Aleksander_Warma, lk 33
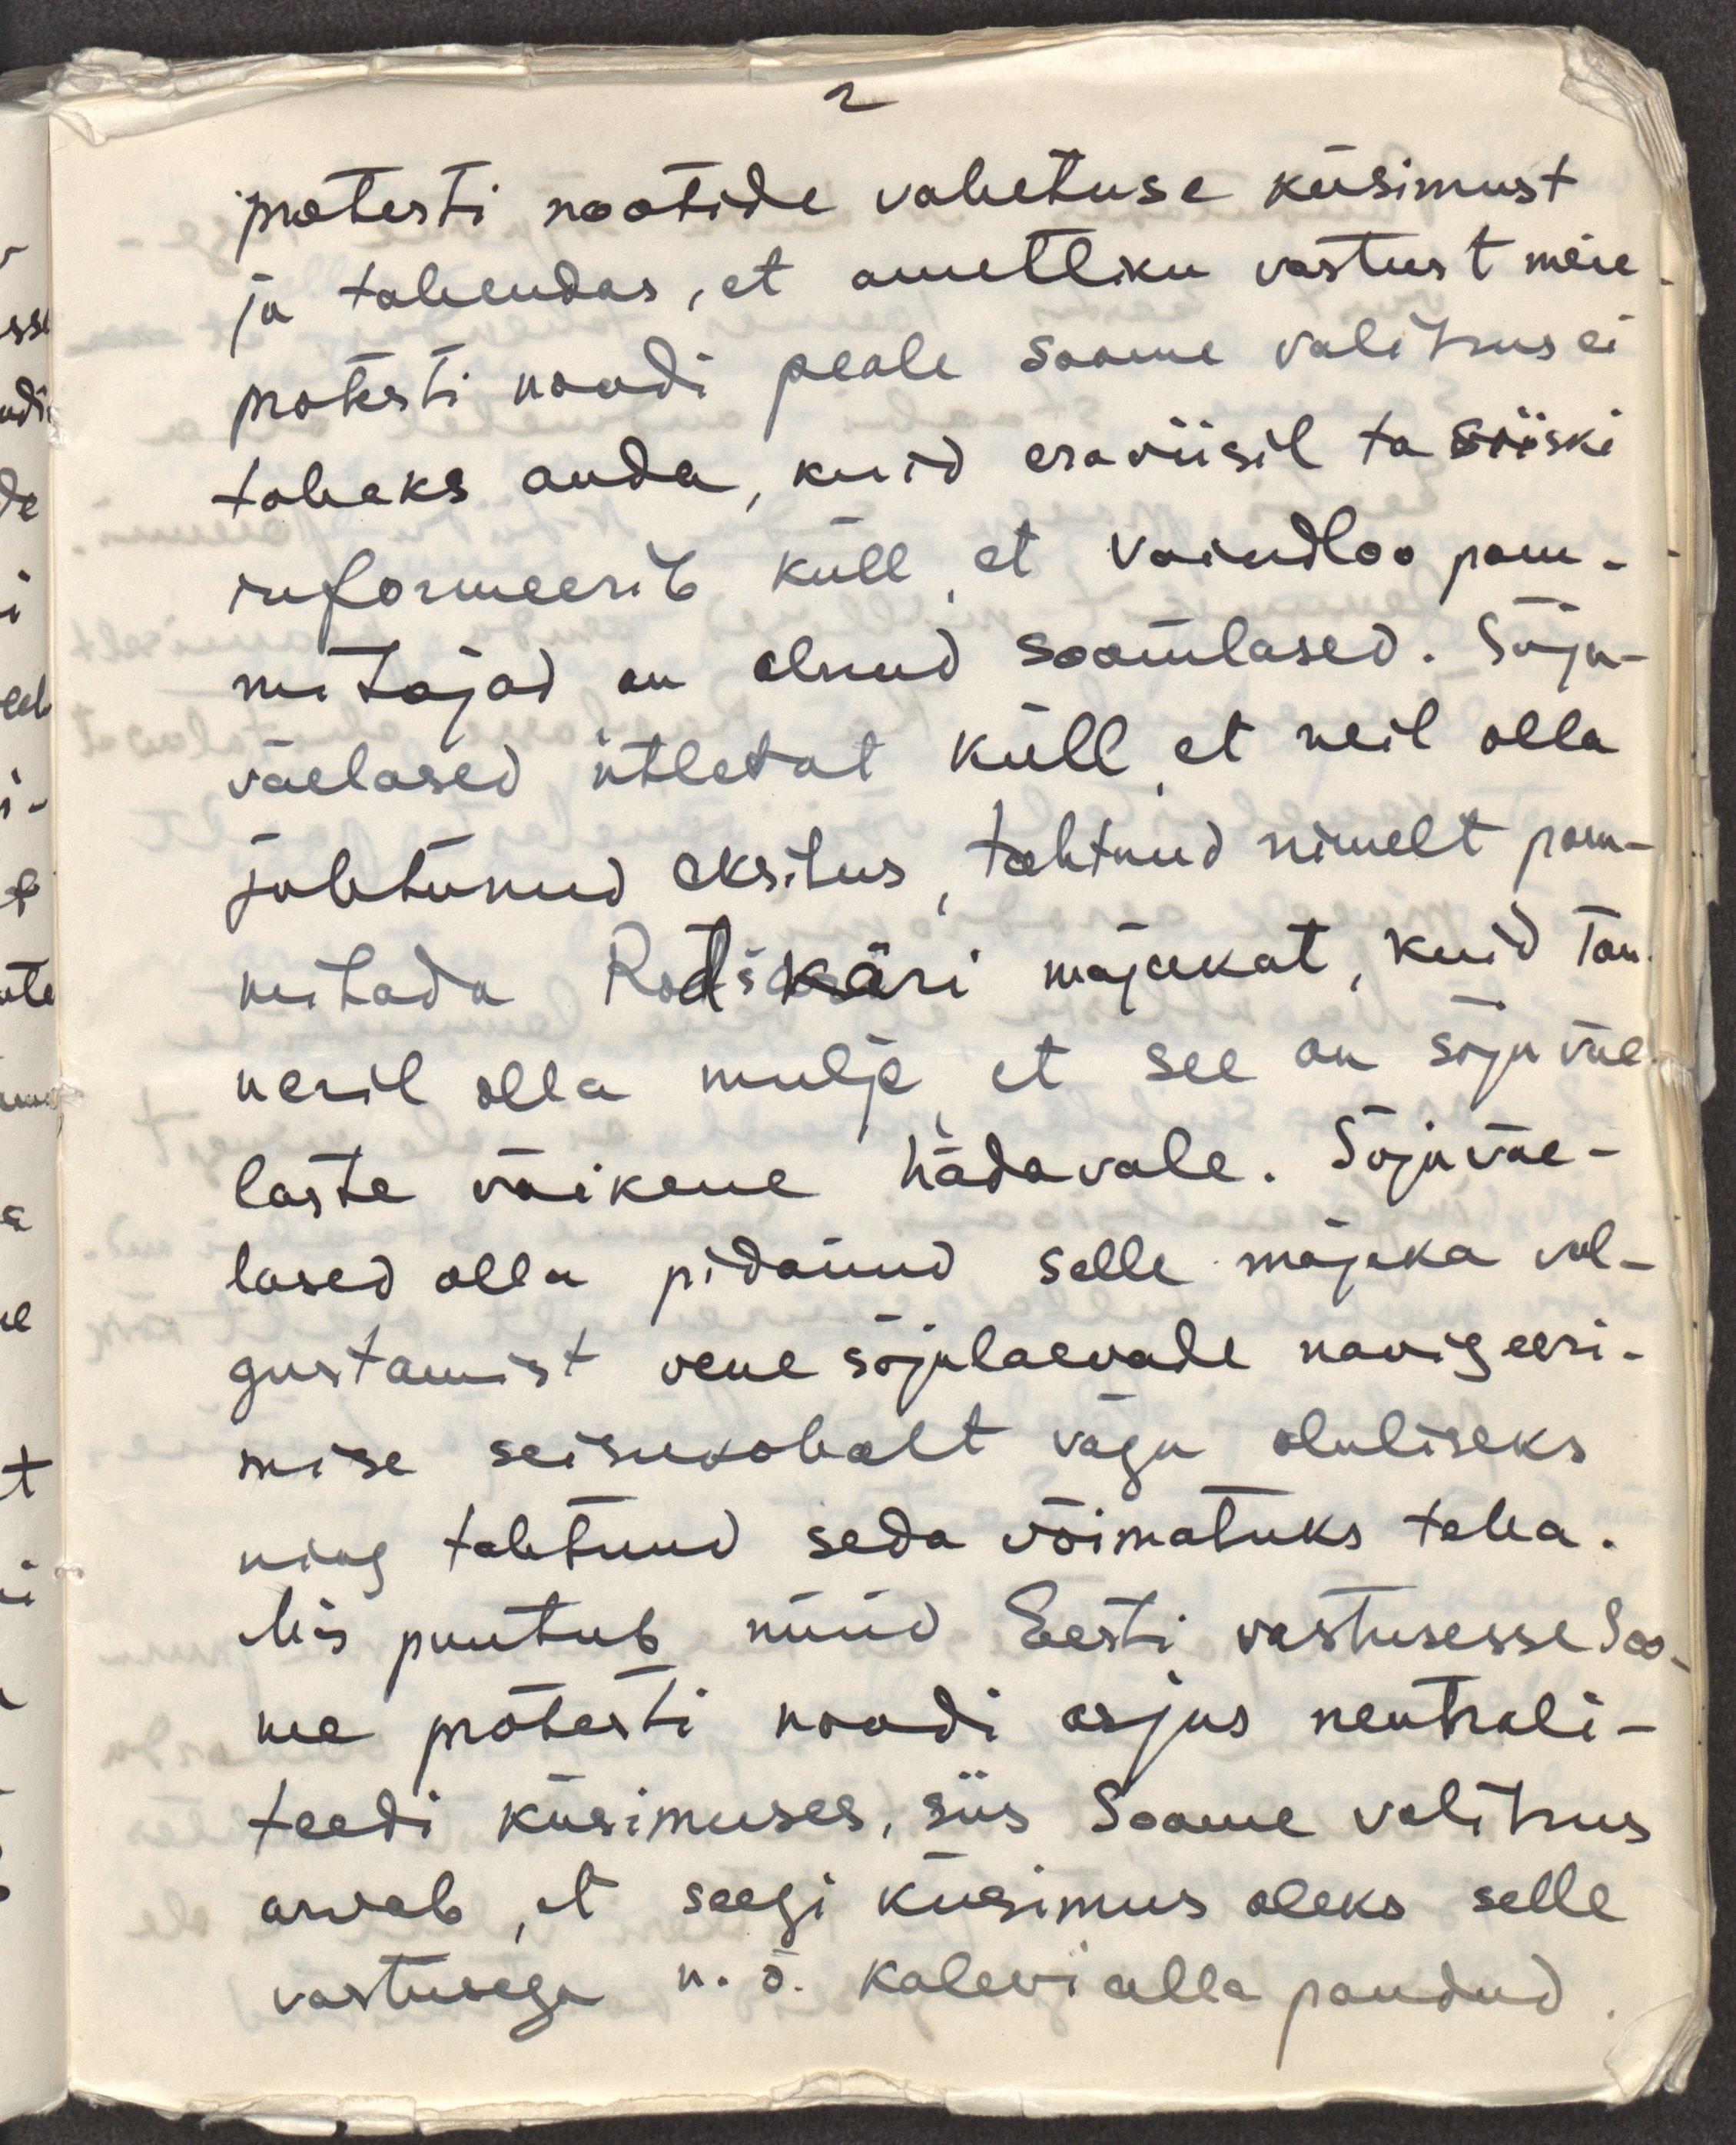
protesti nootide vahetuse küsimust
ja tahendas, et ametliku vastust meie
protesti noodi peale Soome valitsus ei
tahaks anda, kuid eraviisil ta siiski
informeerib küll, et Vaindloo pom-
mitajad on olnud soomlased. Sõja-
väelased ütlevat küll, et neil olla
juhtunud eksitus, tahtnud nimelt pom-
mitada Rödskäri majakat, kuid Tan-
neril olla mulje, et see on sõjaväe
laste väikene hädavale. Sõjaväe-
lased olla pidanud selle majaka val-
gustamist vene sõjalaevade navigeeri-
mise seisukohalt väga oluliseks
ning tahtnud seda võimatuks teha.
Mis puutub nüüd Eesti vastusesse Soo-
me protesti noodi asjus neutrali-
teedi küsimuses, siis Soome valitsus
arvab, et seegi küsimus oleks selle
vastusega n.ö kalevi alla pandud.